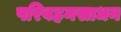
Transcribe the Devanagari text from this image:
परिवहनसाधन